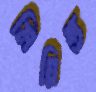
মিয়িন্ত